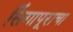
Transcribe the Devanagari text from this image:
सिंगापूराचा